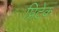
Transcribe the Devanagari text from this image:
प्रिटेक